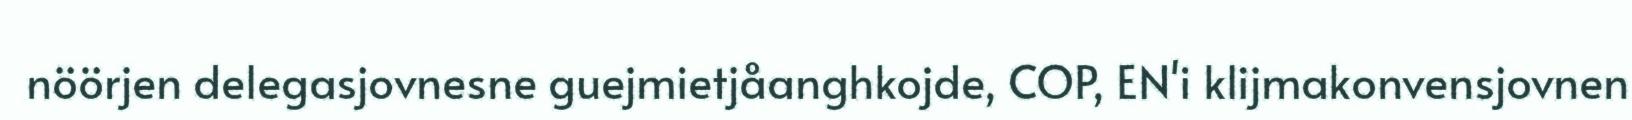
nöörjen delegasjovnesne guejmietjåanghkojde, COP, EN'i klijmakonvensjovnen